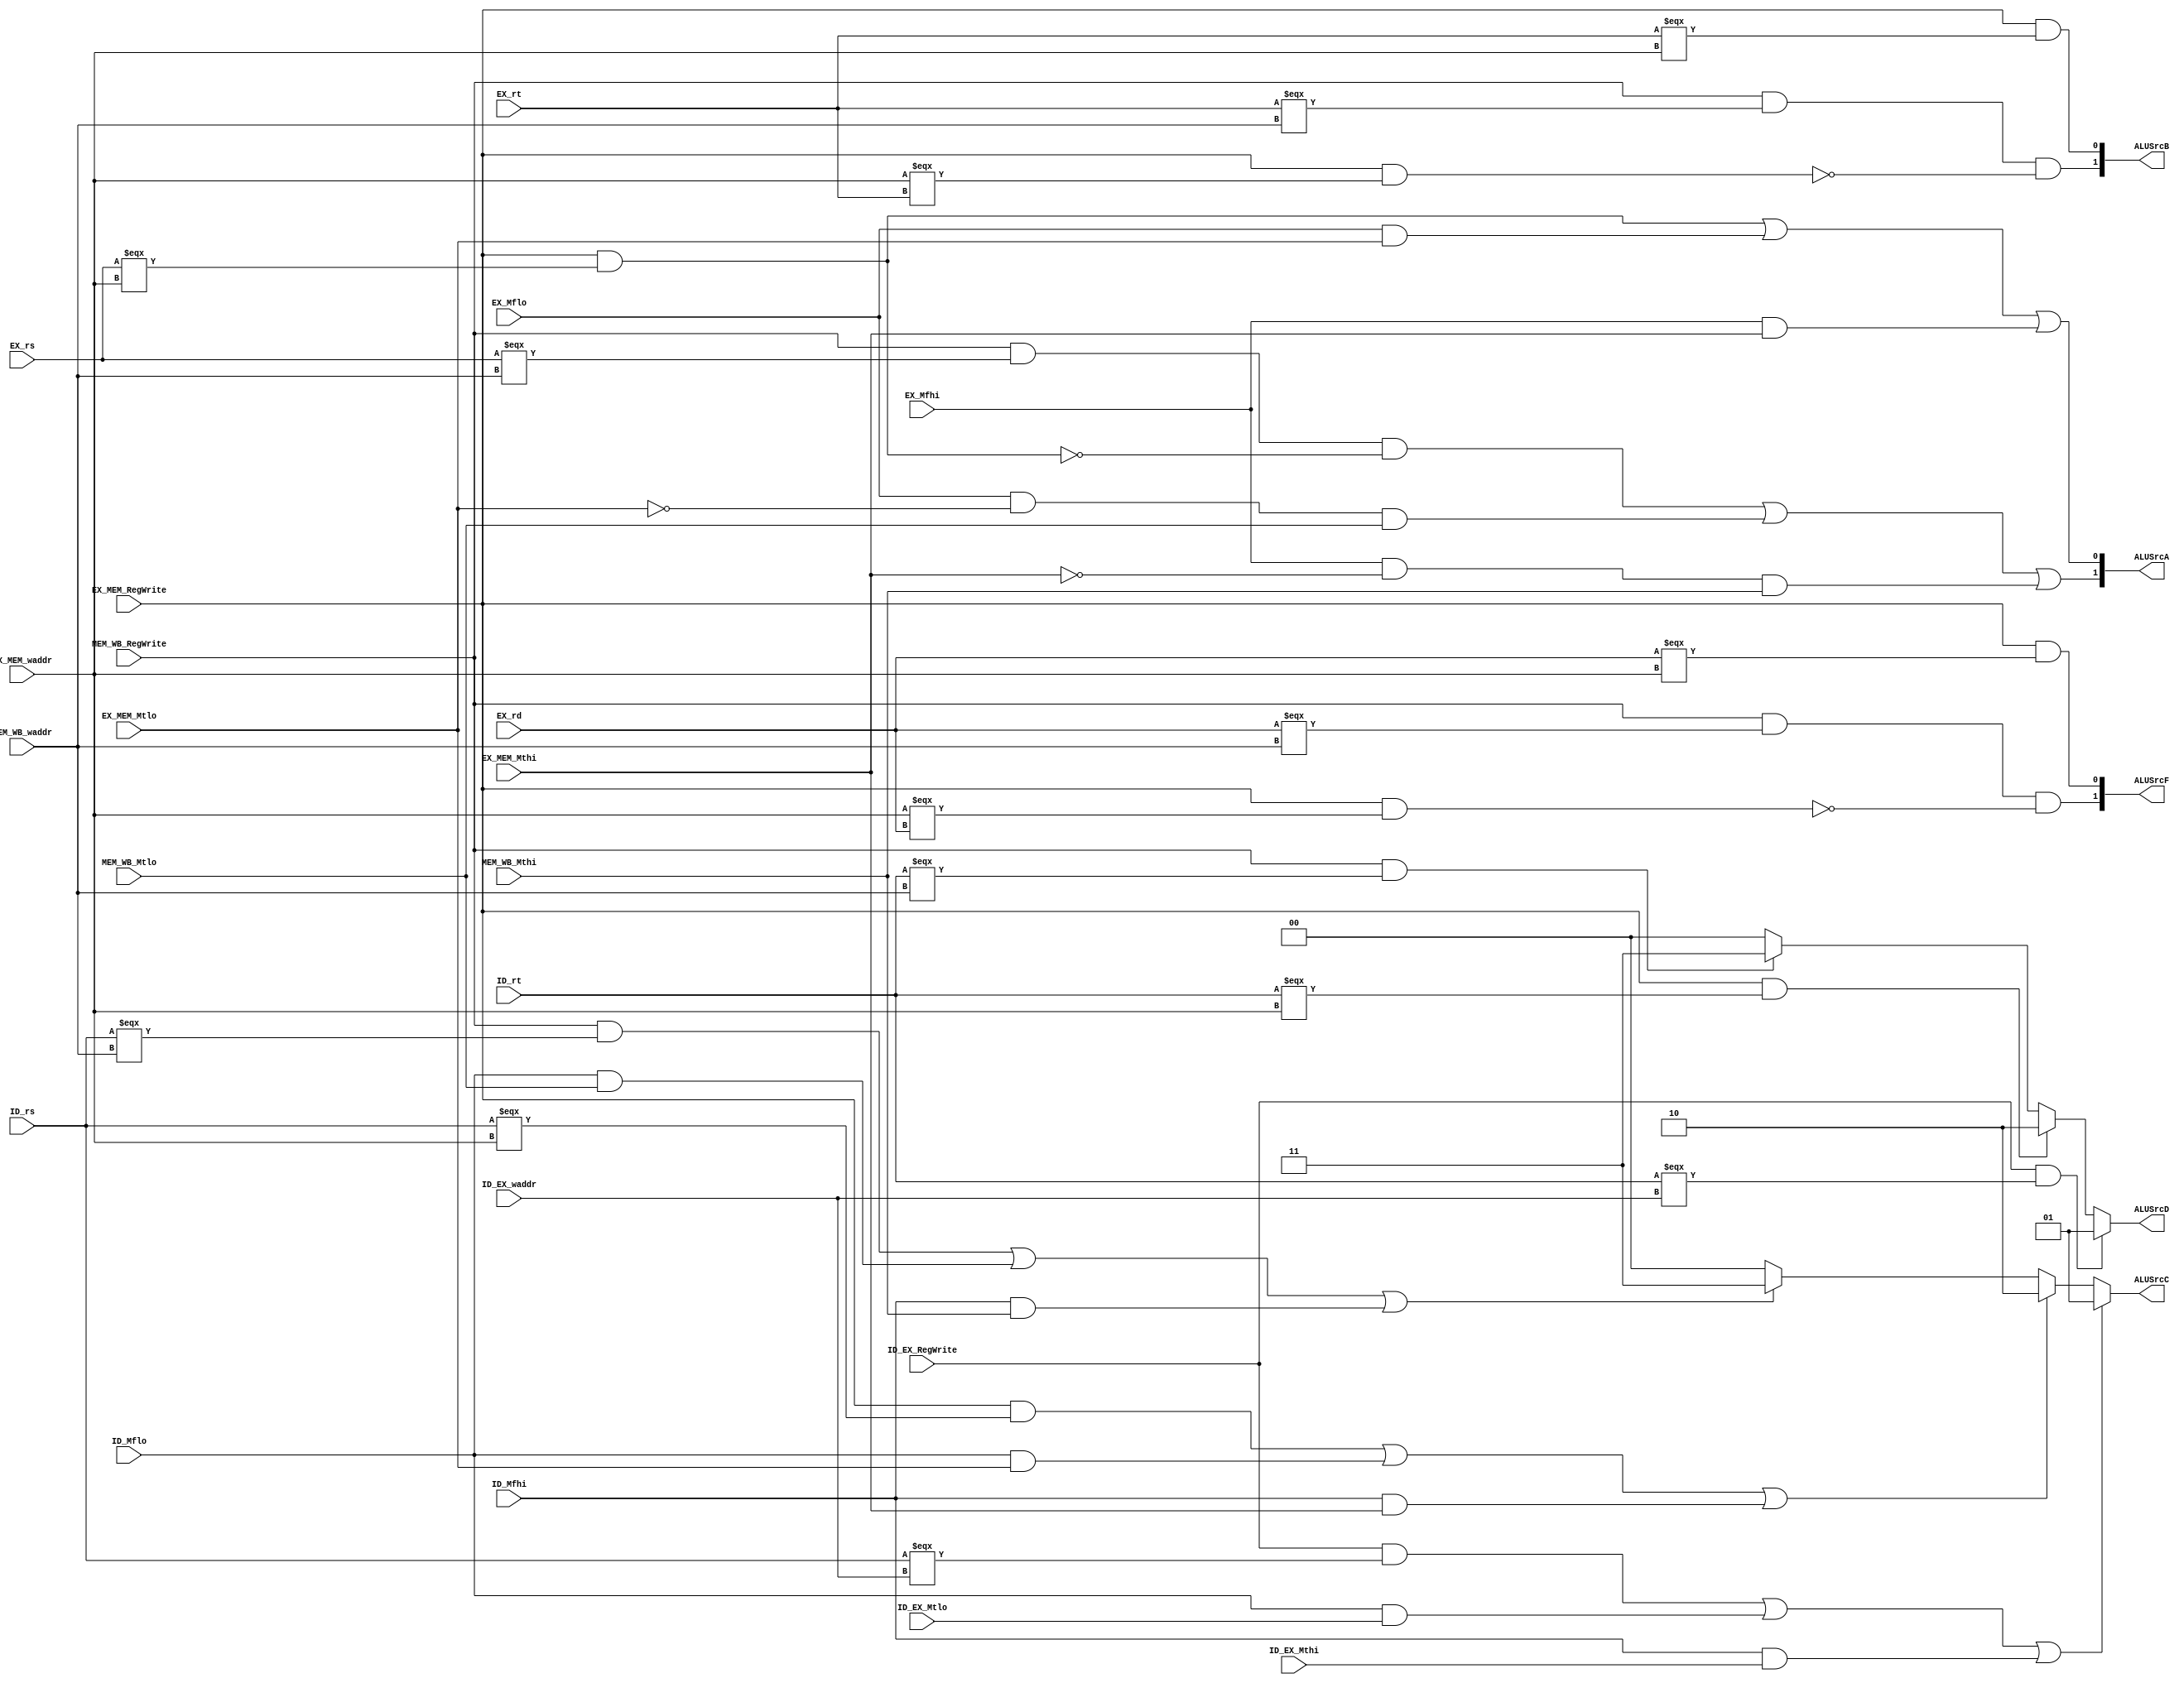
`timescale 1ns / 1ps
//////////////////////////////////////////////////////////////////////////////////
// Company: 
// Engineer: 
// 
// Design Name: 
// Module Name: forwarding
// Project Name: 
// Target Devices: 
// Tool Versions: 
// Description: 
// 
// Dependencies: 
// 
// Revision:
// Revision 0.01 - File Created
// Additional Comments:
// 
//////////////////////////////////////////////////////////////////////////////////


module forwarding(
    input	[4:0]	ID_rs,		    // ,rs
    input	[4:0]	ID_rt,		    // rt
    input           ID_Mflo,
    input           ID_Mfhi,
    
    input	[4:0]	EX_rs,		    // 
    input   [4:0]   EX_rt,        
    input           EX_Mflo,
    input           EX_Mfhi,
    
    //
    input           ID_EX_RegWrite,
    input   [4:0]   ID_EX_waddr,
    input           ID_EX_Mtlo,
    input           ID_EX_Mthi,   
    
    //
    input           EX_MEM_RegWrite,
    input   [4:0]   EX_MEM_waddr,
    input           EX_MEM_Mtlo,
    input           EX_MEM_Mthi,
     
    input           MEM_WB_RegWrite,
    input   [4:0]   MEM_WB_waddr,
    input           MEM_WB_Mtlo,
    input           MEM_WB_Mthi,

    // mfc0,mtc0
    input  [4:0]    EX_rd,

    output  [1:0]   ALUSrcA,
    output  [1:0]   ALUSrcB,
    output  [1:0]   ALUSrcC,
    output  [1:0]   ALUSrcD,
    output  [1:0]   ALUSrcF//,
    //output  [1:0]   ALUSrcE
    );
    // 01:register(rs),01;EX_MEM_xxx,10:MEM_WB_xxx
    assign ALUSrcA[0] = (EX_MEM_RegWrite && EX_rs===EX_MEM_waddr) 
                        || (EX_Mflo && EX_MEM_Mtlo)    // LO,LOLO
                        || (EX_Mfhi && EX_MEM_Mthi);   
    assign ALUSrcA[1] = (MEM_WB_RegWrite && EX_rs===MEM_WB_waddr && !(EX_MEM_RegWrite && EX_rs===EX_MEM_waddr))   
                        || (EX_Mflo && !EX_MEM_Mtlo && MEM_WB_Mtlo) || (EX_Mfhi && !EX_MEM_Mthi && MEM_WB_Mthi);// 
    
    // 00:register(rt),11:imm32,01:EX_MEM_xxx,10:MEM_WB_xxx
    // assign ALUSrcB[0] = (EX_ALUSrc == 1)? 1:EX_MEM_RegWrite && EX_rt==EX_MEM_waddr;
    // assign ALUSrcB[1] = (EX_ALUSrc == 1)? 1:MEM_WB_RegWrite && EX_rt==MEM_WB_waddr && EX_MEM_waddr!=EX_rt;
    // 11
    assign ALUSrcB[0] = EX_MEM_RegWrite && EX_rt===EX_MEM_waddr;
    assign ALUSrcB[1] = MEM_WB_RegWrite && EX_rt===MEM_WB_waddr && !(EX_MEM_RegWrite && EX_MEM_waddr===EX_rt);

    assign ALUSrcF[0] = EX_MEM_RegWrite && EX_rd===EX_MEM_waddr;
    assign ALUSrcF[1] = MEM_WB_RegWrite && EX_rd===MEM_WB_waddr && !(EX_MEM_RegWrite && EX_MEM_waddr===EX_rd);
    
    // 
    assign ALUSrcC = 
        ((ID_EX_RegWrite && ID_rs===ID_EX_waddr) || (ID_Mflo && ID_EX_Mtlo) || (ID_Mfhi && ID_EX_Mthi)) ? 2'b01:
        ((EX_MEM_RegWrite && ID_rs===EX_MEM_waddr) || (ID_Mflo && EX_MEM_Mtlo) || (ID_Mfhi && EX_MEM_Mthi)) ? 2'b10:
        ((MEM_WB_RegWrite && ID_rs===MEM_WB_waddr) || (ID_Mflo && MEM_WB_Mtlo ) || (ID_Mfhi && MEM_WB_Mthi)) ? 2'b11:
        2'b00;
    
    assign ALUSrcD = 
        (ID_EX_RegWrite && ID_rt===ID_EX_waddr) ? 2'b01:
        (EX_MEM_RegWrite && ID_rt===EX_MEM_waddr) ? 2'b10:
        (MEM_WB_RegWrite && ID_rt===MEM_WB_waddr) ? 2'b11:
        2'b00;
    
    // jalrjrrs
//    assign ALUSrcE = 
//        (ID_EX_RegWrite && ID_rs===ID_EX_waddr);
endmodule